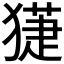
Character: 𤡞